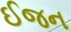
ઈજન